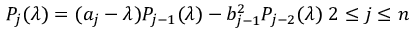
P _ { j } ( \lambda ) = ( a _ { j } - \lambda ) P _ { j - 1 } ( \lambda ) - b _ { j - 1 } ^ { 2 } P _ { j - 2 } ( \lambda ) \; 2 \le j \le n